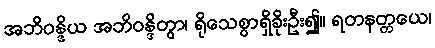
အဘိဝန္ဒိယ အဘိဝန္ဒိတွာ၊ ရိုသေစွာရှိခိုးဦး၍။ ရတနတ္တယေ၊